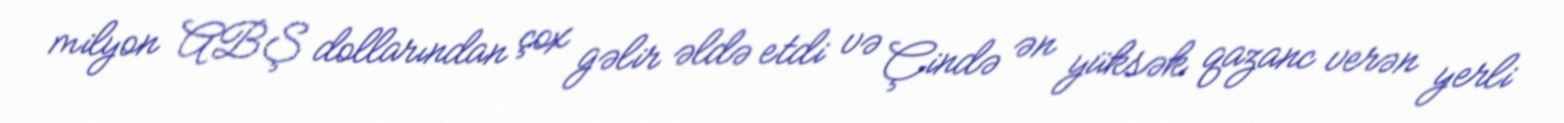
milyon ABŞ dollarından çox gəlir əldə etdi və Çində ən yüksək qazanc verən yerli